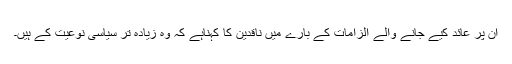
ان پر عائد کیے جانے والے الزامات کے بارے میں ناقدین کا کہناہے کہ وہ زیادہ تر سیاسی نوعیت کے ہیں۔